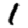
Digit: 1